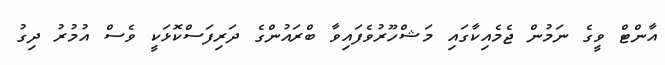
އާންޓް ވީގެ ނަމުން ޖެމެއިކާގައި މަޝްހޫރުވެފައިވާ ބްރައުންގެ ދަރިފަސްކޮޅަކީ ވެސް އުމުރު ދިގު